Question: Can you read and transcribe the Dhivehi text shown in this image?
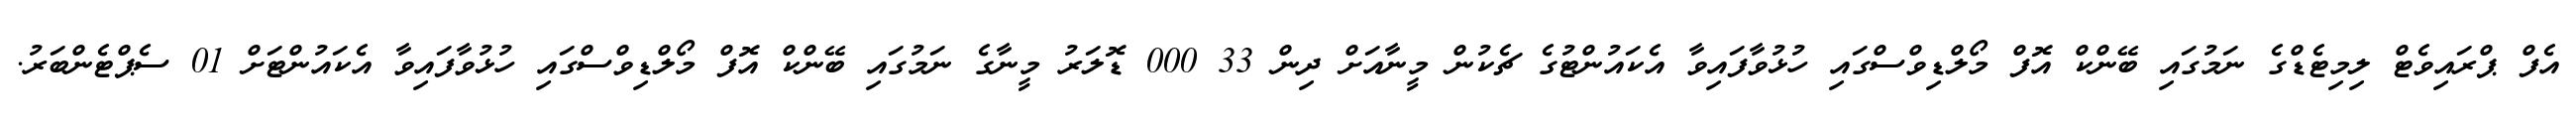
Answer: އެފް ޕްރައިވެޓް ލިމިޓެޑްގެ ނަމުގައި ބޭންކް އޮފް މޯލްޑިވްސްގައި ހުޅުވާފައިވާ އެކައުންޓުގެ ޗެކުން މީނާއަށް ދިން 33 000 ޑޮލަރު މީނާގެ ނަމުގައި ބޭންކް އޮފް މޯލްޑިވްސްގައި ހުޅުވާފައިވާ އެކައުންޓަށް 01 ސެޕްޓެންބަރު.